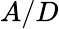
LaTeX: A/D